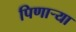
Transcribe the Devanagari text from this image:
पिणार्‍या